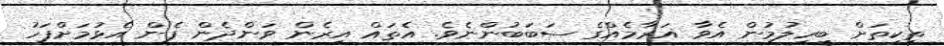
ތިކިތަށް ބީހިލުމުން އެވާ އަރާމެއްގެ ސަބަބުންނެވެ. އެތައް އިރެން ވަންދެން ފެން އެޅުމަށްފަހު